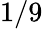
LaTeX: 1/9